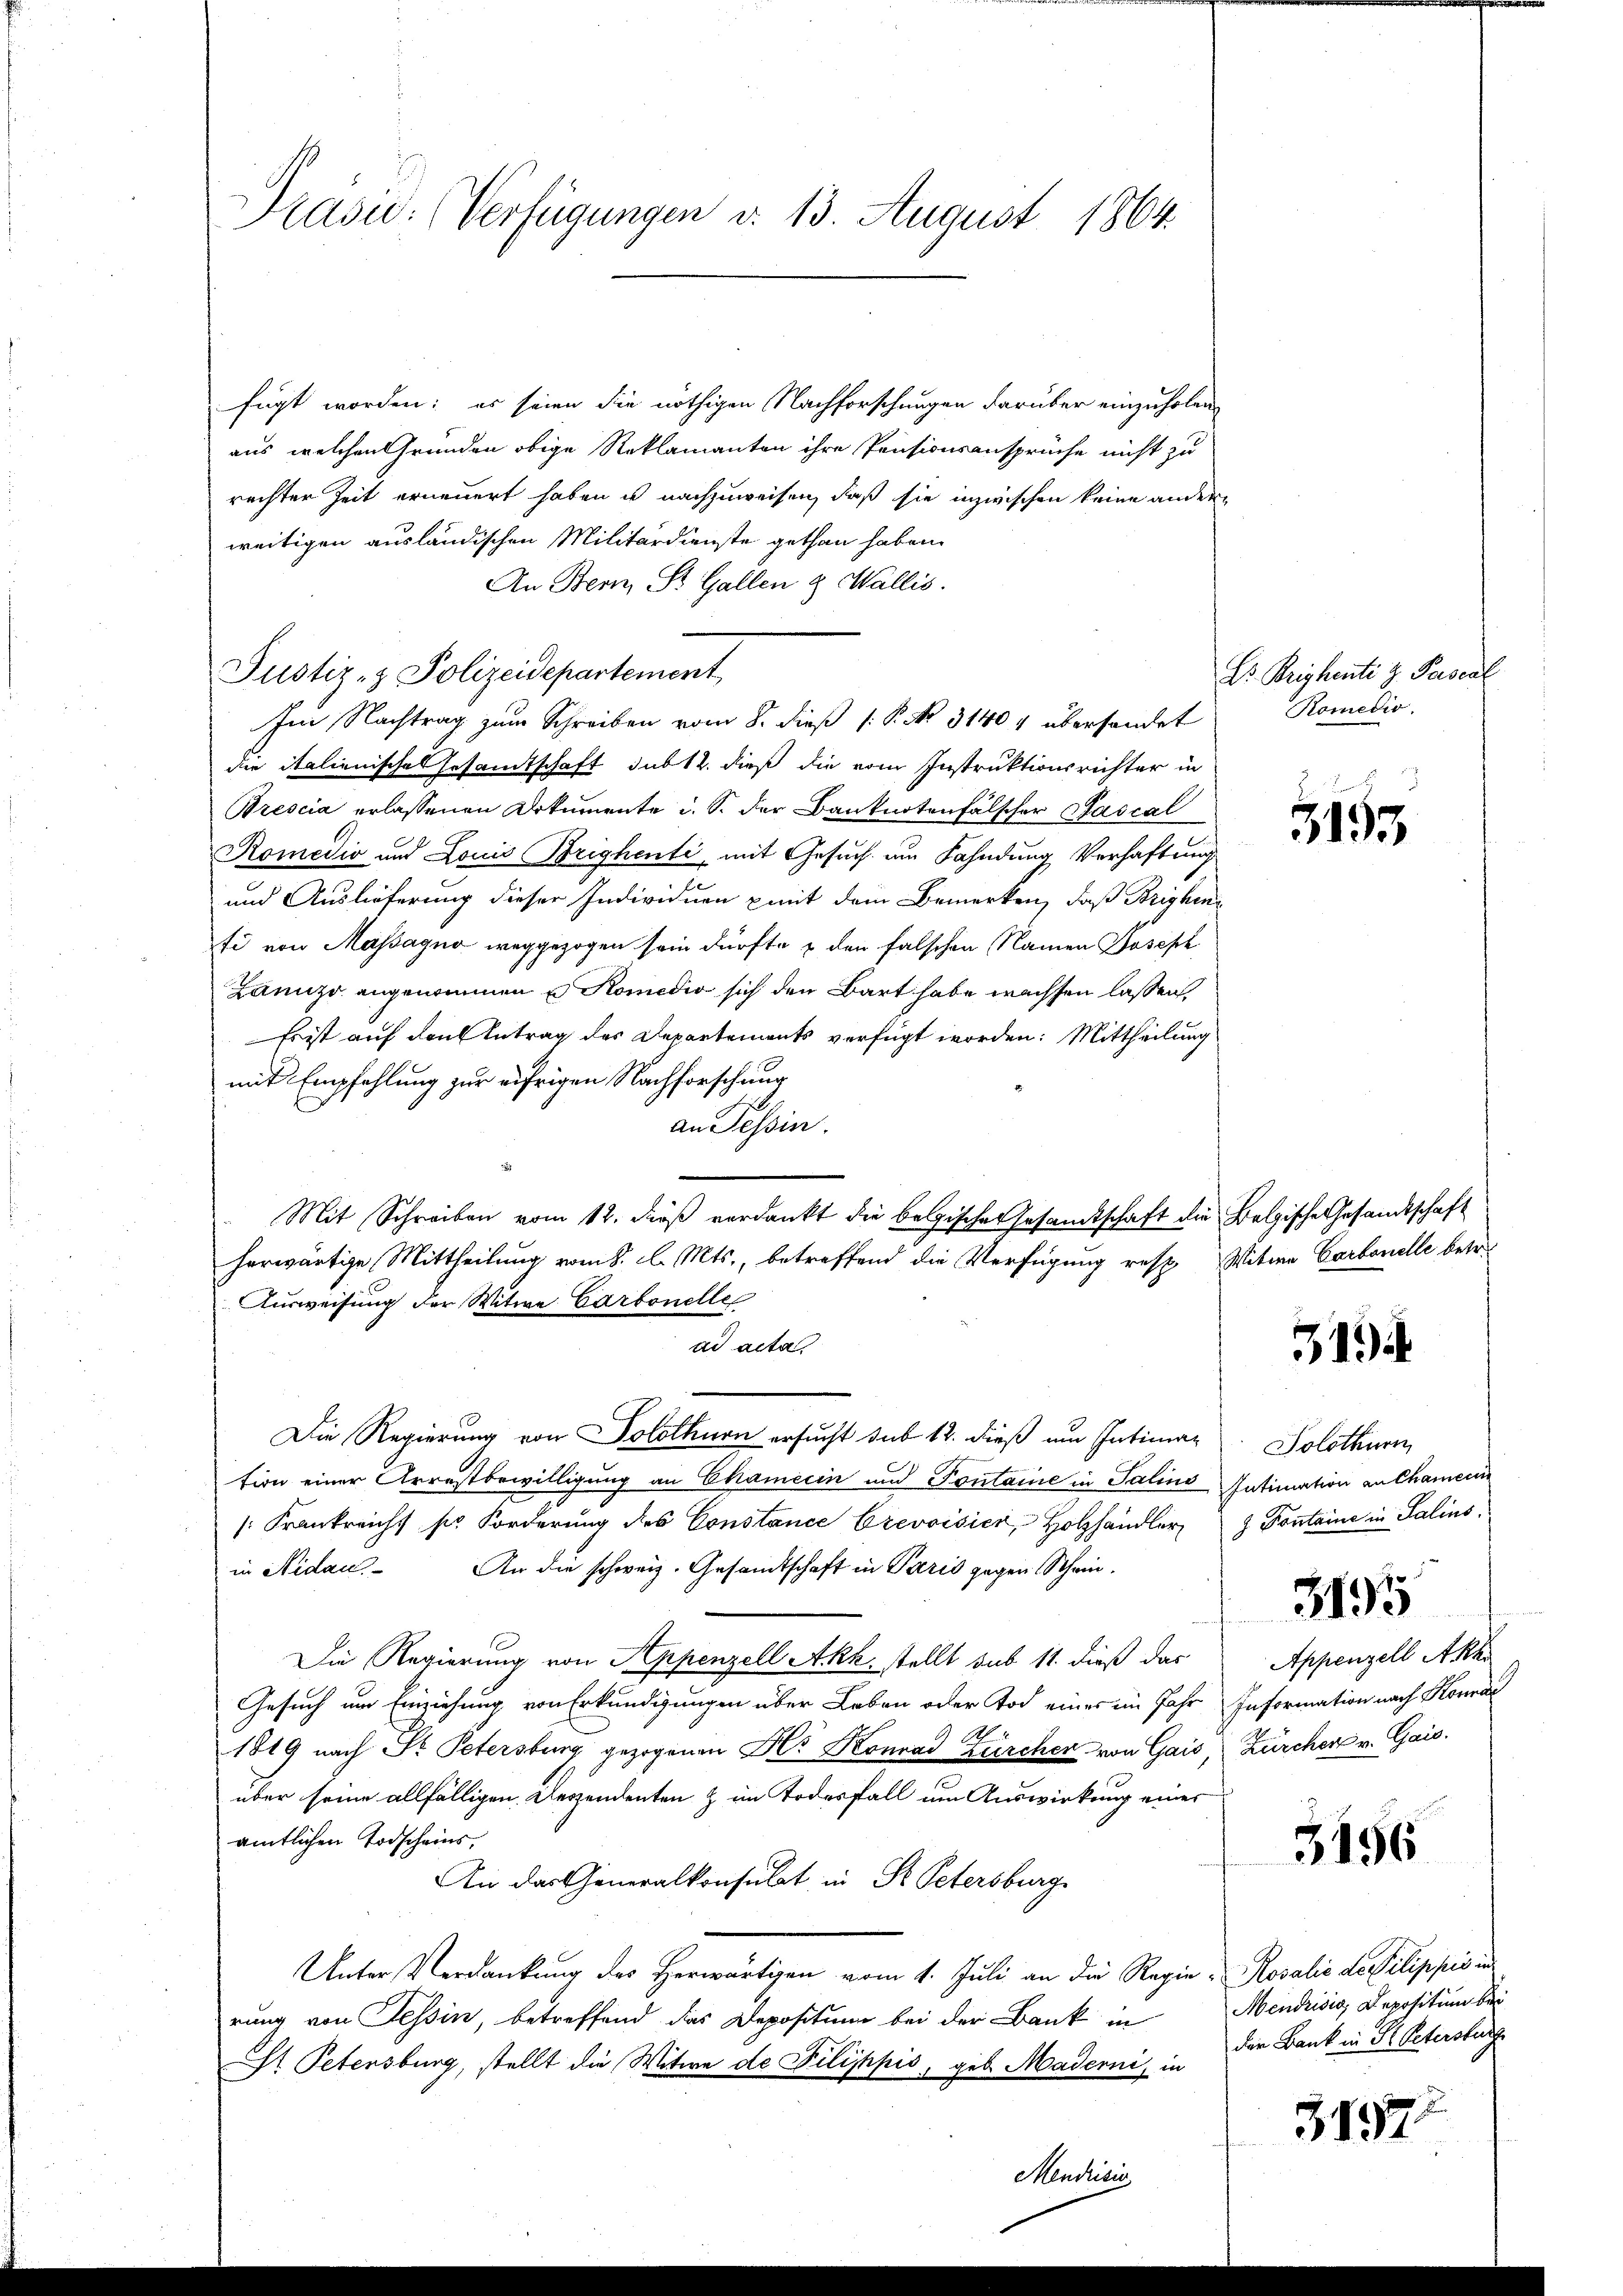
Präsic: (Verfügungen d. 13. August 1864.

fügt worden: es seien die nöthigen Nachforschungen darüber einzuholen
aus welchen Gründen obige Reklamanten ihre Pensionsansprüche nicht zu
rechter Zeit erneuert haben u nachzuweisen, daß sie inzwischen keine andern
weitigen ausländischen Militärdienste gethan haben.
An Bern, St. Gallen & Wallis.
Justiz- & Polizeidepartement
Im Nachtrag zum Schreiben vom 8. dieß P. No. 31404 übersendet
die italienisches Gesamtschaft das 12. dieß die vom Instruktionsrichter in
Prescia erlassenen Dokumente u. S. der Banknotenfälscher Pascal
Romedio und Louis Brighenti, mit Gesuch um Fahndung Verhaftung
und Auslieferung dieser Individuen mit dem Bemerken, daß Brighin
fi von Massagna weggezogen sein dürfte & den falschen Namen Joseph
Zannzo angenommen u Komedio sich den Bart habe wachsen lassen,
Es ist auf den Antrag des Departements verfügt worden. Mittheilung
mit Empfehlung zur eifrigen Nachforschung
an Tessin.
Mit Schreiben vom 12. dieß verdankt die belgisches Gesamtschaft die Belgische Gesandtschaft
herwärtige Mittheilung vom 8. d. Mts., betreffend die Verfügung resp
Ausweisung der Witwe Carbonelle
ad acta.
Die Regierung von Solothurn ersucht sub 12. dieß um Intimat
tion einer Arrestbewilligung an Chamerin und Pontaine in Salins
[Frankreicht so Forderung des Constance Crevoisier, Holzhändler
in Nidau. An die schweiz. Gesandtschaft in Paris gegen Schein¬
Die Regierung von Appenzell Akk, stellt sub 11. dieß das
Gesuch um Einziehung von Erkundigungen über Leben oder Tod eines im Jahr
A
1819 nach Dr. Petersburg gezogenen Als Konrad Zürcher von Gais, Zürcher v. Gais.
über seine allfälligen Deszendenten & im Todesfall um Auswirkung eines
amtlichen Todscheins,
An das Generalkonsulat in St. Petersburg
Unter Verdankung des Herwärtigen vom 1. Juli an die Regie- Rosalie de Pilippić in
rung von Tessin, betreffend das Deposition bei der Bank in
St Petersburg, stellt die Witwe de Filiphpis, geb. Maderni, in
Mendrisis

Dr. Brighenti z. Pescal
Romedio.

3153

Witwe Carbonelle betr.

319

Solothurn
Intimation an Chamerin
J Fontaine in Salins.
Appenzell Akh.
Information nach Konra

3195

3156

Mendrisis Depositum bei
der Bank in Fr. Petersburg

31572